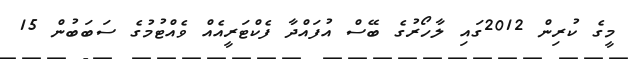
މީގެ ކުރިން 2012ގައި ލާހޯރުގެ ބޭސް އުފައްދާ ފެކްޓަރީއެއް ވެއްޓުމުގެ ސަބަބުން 15